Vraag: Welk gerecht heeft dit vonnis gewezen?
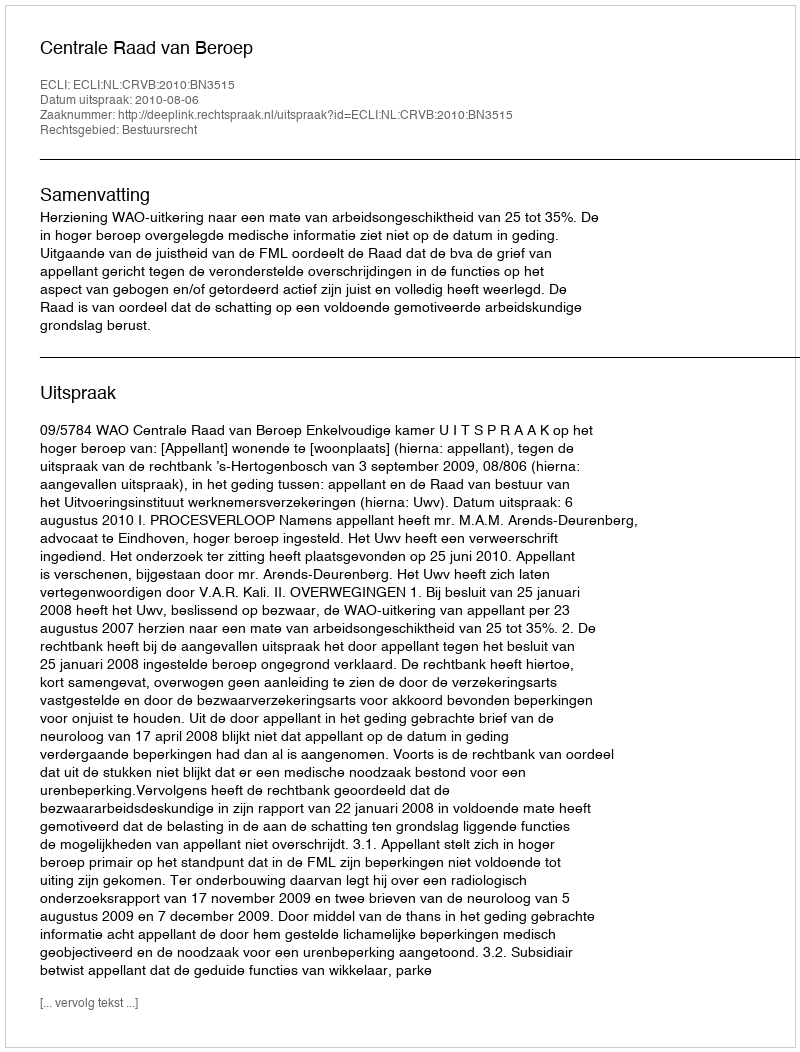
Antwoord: Centrale Raad van Beroep